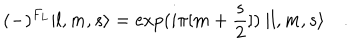
( - ) ^ { F _ { L } } | l , m , s \rangle = \exp ( i \pi [ m + { \frac { s } { 2 } } ] ) \ | l , m , s \rangle \quad .